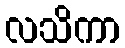
လသိကာ